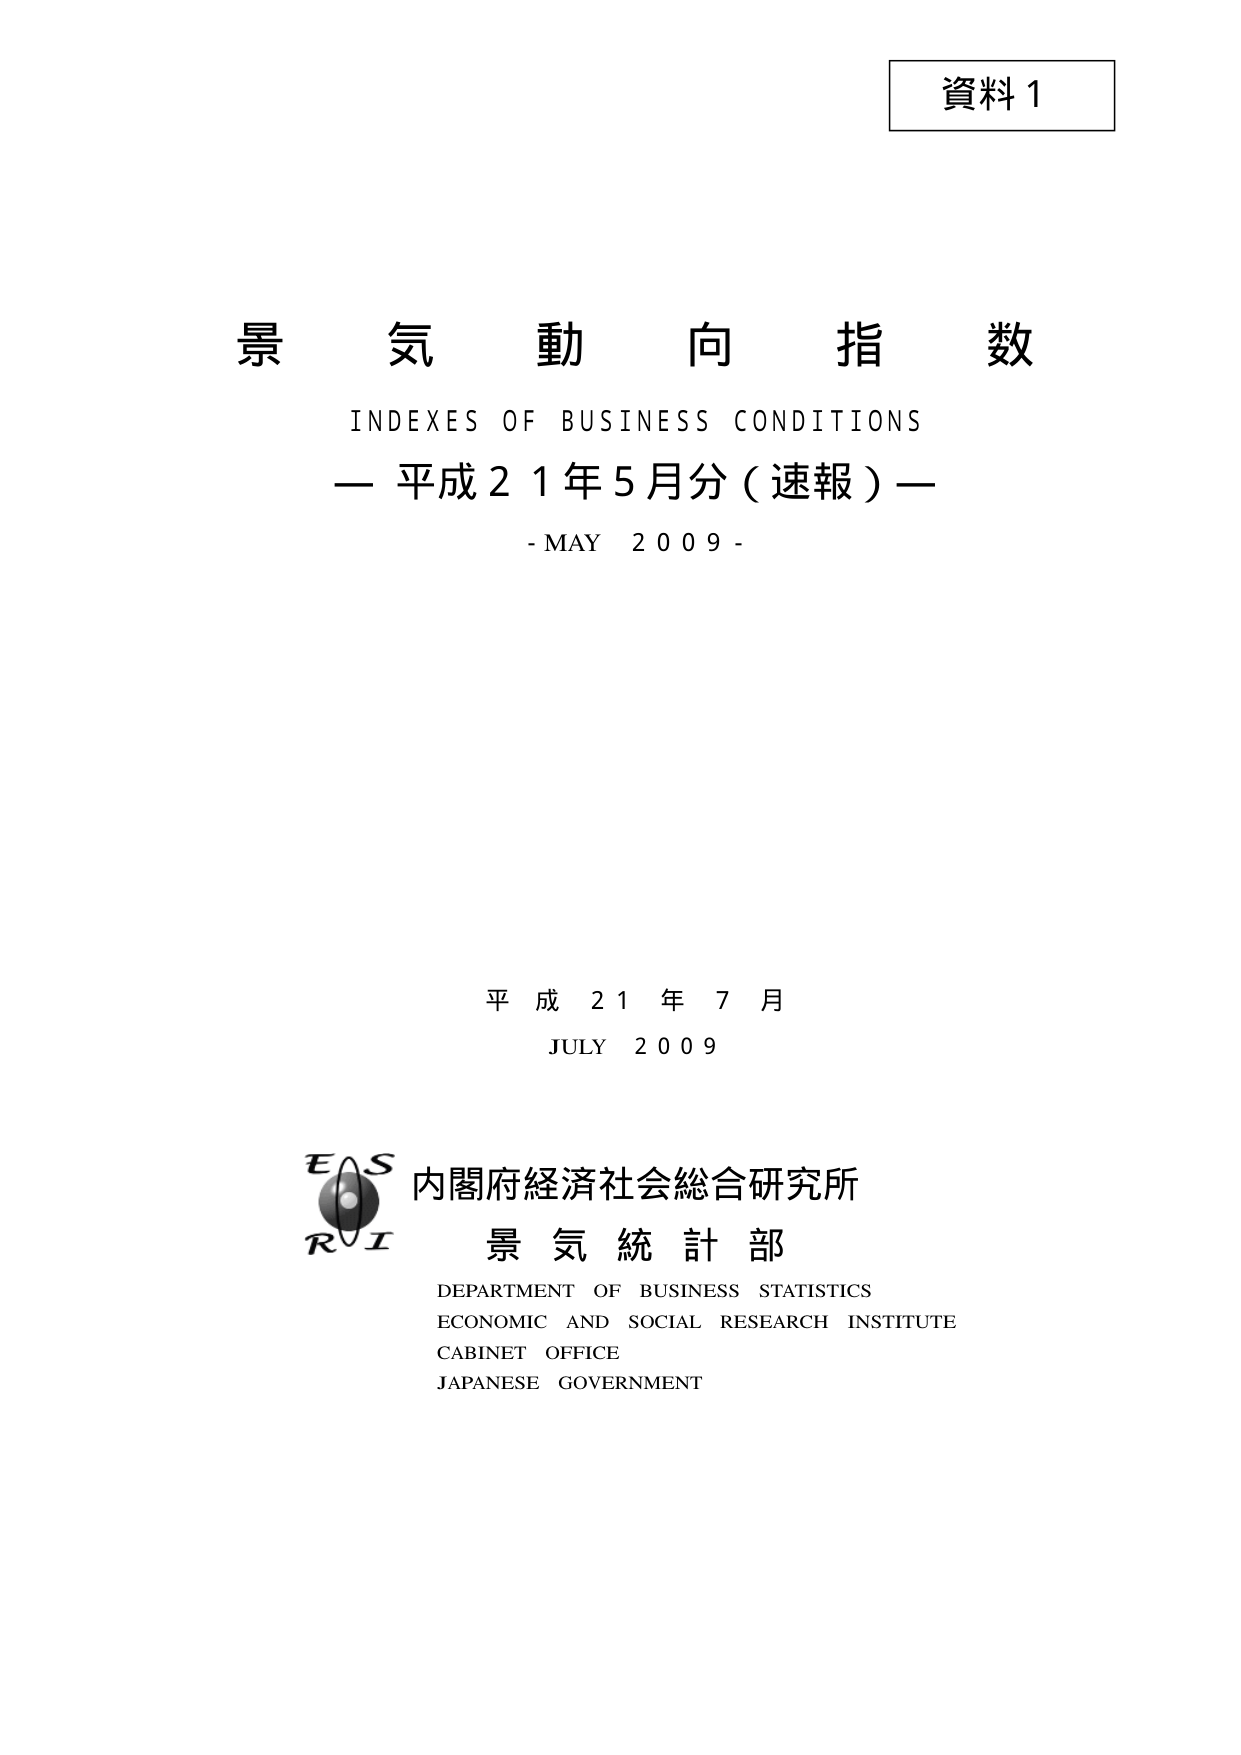
資料1

景気動向指数
INDEXES OF BUSINESS CONDITIONS
— 平成21年5月分（速報）—
- MAY 2009 -

平成21年7月
JULY 2009

E S
R I
内閣府経済社会総合研究所
景気統計部
DEPARTMENT OF BUSINESS STATISTICS
ECONOMIC AND SOCIAL RESEARCH INSTITUTE
CABINET OFFICE
JAPANESE GOVERNMENT